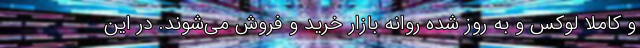
و کاملا لوکس و به روز شده روانه بازار خرید و فروش می‌شوند. در این